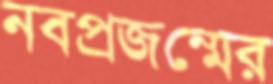
নবপ্রজন্মের